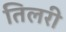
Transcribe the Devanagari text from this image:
तिलरी